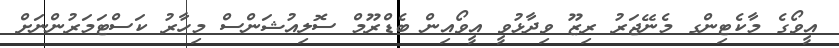
އީވޯގެ މާކެޓިންގ މެނޭޖަރު ރިޒޫ ވިދާޅުވީ އީވޯއިން ބެޑްރޫމް ސޮލިއުޝަންސް މިހާރު ކަސްޓަމަރުންނަށް